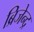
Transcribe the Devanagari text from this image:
ब्रिजेन्द्र